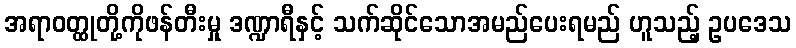
အရာဝတ္ထုတို့ကိုဖန်တီးမှု ဒဏ္ဍာရီနှင့် သက်ဆိုင်သောအမည်ပေးရမည် ဟူသည့် ဥပဒေသ